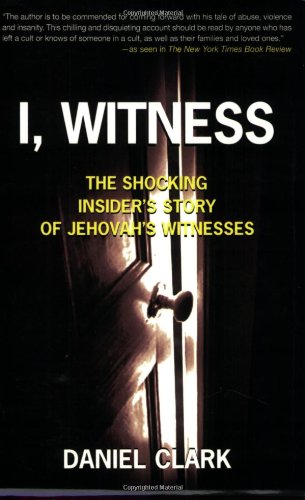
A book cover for I, Witness: The Shocking Insider's Story of Jehovah's Witnesses; Daniel Clark; Christian Books & Bibles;